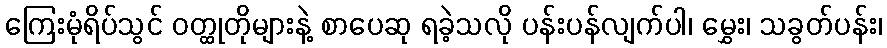
ကြေးမုံရိပ်သွင် ဝတ္ထုတိုများနဲ့ စာပေဆု ရခဲ့သလို ပန်းပန်လျက်ပါ၊ မွှေး၊ သခွတ်ပန်း၊